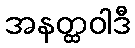
အနတ္ထဝါဒီ